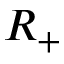
R _ { + }